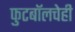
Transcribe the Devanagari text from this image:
फुटबॉलचेही